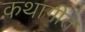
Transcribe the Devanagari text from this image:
कथागीते